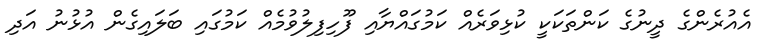
އެއުރެންގެ ދީނުގެ ކަންތަކަކީ ކުޅިވަރެއް ކަމުގައްޔާއި ފޫހިފިލުވުމެއް ކަމުގައި ބަލައިގެން އުޅުނު އަދި